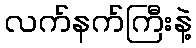
လက်နက်ကြီးနဲ့